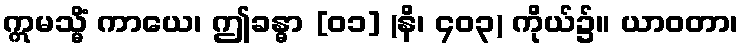
ဣမသ္မိံ ကာယေ၊ ဤခန္ဓာ [၀၁] (နိ၊ ၄၀၃) ကိုယ်၌။ ယာဝတာ၊